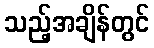
သည့်အချိန်တွင်